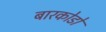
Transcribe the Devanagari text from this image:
बारकोडों